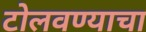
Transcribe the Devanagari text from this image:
टोलवण्याचा